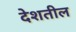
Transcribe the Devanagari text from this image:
देशतील